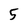
Character: 5